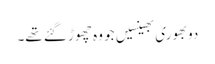
دو بھوری بھینسیں جو وہ چھوڑ گئے تھے۔